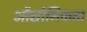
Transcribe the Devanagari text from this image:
औद्योगिकता